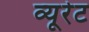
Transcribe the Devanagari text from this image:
व्यूरेट